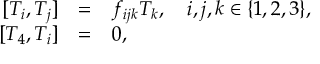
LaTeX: \begin{array} { r c l } { { \, [ T _ { i } , T _ { j } ] } } & { { = } } & { { f _ { i j k } T _ { k } , \quad i , j , k \in \{ 1 , 2 , 3 \} , } } \\ { { \, [ T _ { 4 } , T _ { i } ] } } & { { = } } & { { 0 , } } \end{array}